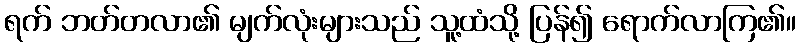
ရက် ဘတ်တလာ၏ မျက်လုံးများသည် သူ့ထံသို့ ပြန်၍ ရောက်လာကြ၏။